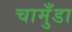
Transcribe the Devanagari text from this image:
चामुँडा